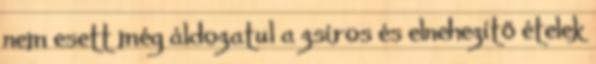
nem esett még áldozatul a zsíros és elnehezítő ételek